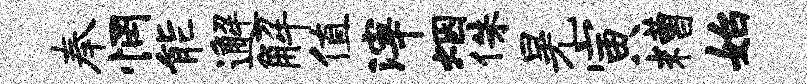
奉惘能邂解值滓烟侏晃寅糟始